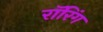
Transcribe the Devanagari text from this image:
रॉरिंग